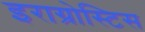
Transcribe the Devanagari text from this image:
इराग्रोस्टिस